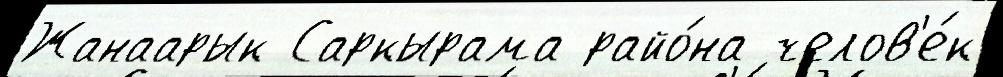
Жанаарык Саркырама райо́на челов'е́к